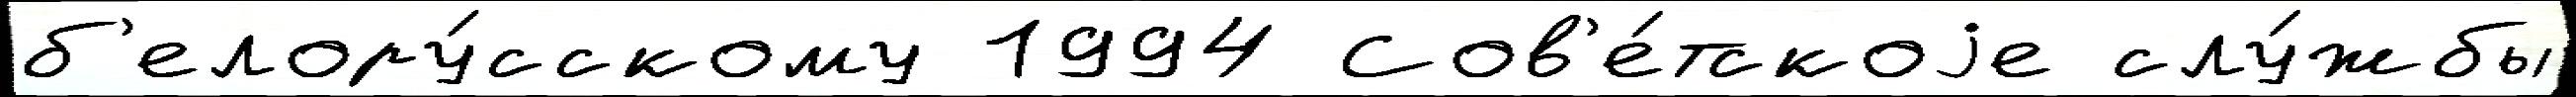
б'елору́сскому 1994 Сов'е́тскоjе слу́жбы